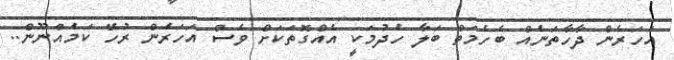
އަހަރެން ދާހާތަނެއް ބެހެމަތް ބަލާ ހެދުމަކީ އެއްގޮތަކަށް ވެސް އަހަރެން ރުހޭ ކަމެއްނޫން..